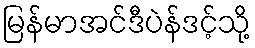
မြန်မာအင်ဒီပဲန်ဒင့်သို့